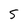
Character: 5